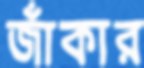
জাঁকার